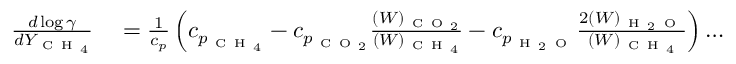
\begin{array} { r l } { \frac { d \log \gamma } { d Y _ { \mathrm { ~ C ~ H ~ } _ { 4 } } } } & { { } = \frac { 1 } { c _ { p } } \left( c _ { p _ { \mathrm { ~ C ~ H ~ } _ { 4 } } } - c _ { p _ { { \mathrm { ~ C ~ O ~ } _ { 2 } } } } \frac { ( W ) _ { { \mathrm { ~ C ~ O ~ } _ { 2 } } } } { ( W ) _ { \mathrm { ~ C ~ H ~ } _ { 4 } } } - c _ { p _ { \mathrm { ~ H ~ } _ { 2 } \mathrm { ~ O ~ } } } \frac { 2 ( W ) _ { \mathrm { ~ H ~ } _ { 2 } \mathrm { ~ O ~ } } } { ( W ) _ { \mathrm { ~ C ~ H ~ } _ { 4 } } } \right) \ldots } \end{array}